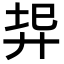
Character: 𢍇